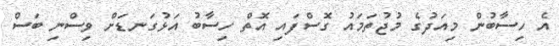
އެ ހިސާބުން މިއަދުގެ މުޖުތަމައު ގޮސްފައި އޮތް ހިސާބު އަޅުގަނޑަށް ވިސްނި ބަސް